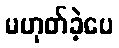
မဟုတ်ခဲ့ပေ